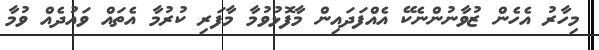
މިހާރު އެހެން ޒުވާނުންނެކޭ އެއްފަދައިން މާފޮޅުވުމާ މާފަރި ކުރުމާ އެތައް ވައުދެއް ވުމާ